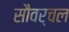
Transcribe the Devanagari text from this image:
सौवर्चल